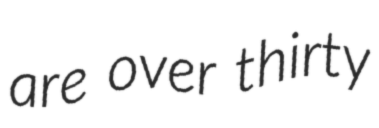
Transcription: are over thirty